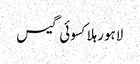
لاہورہلاکسوئی گیس